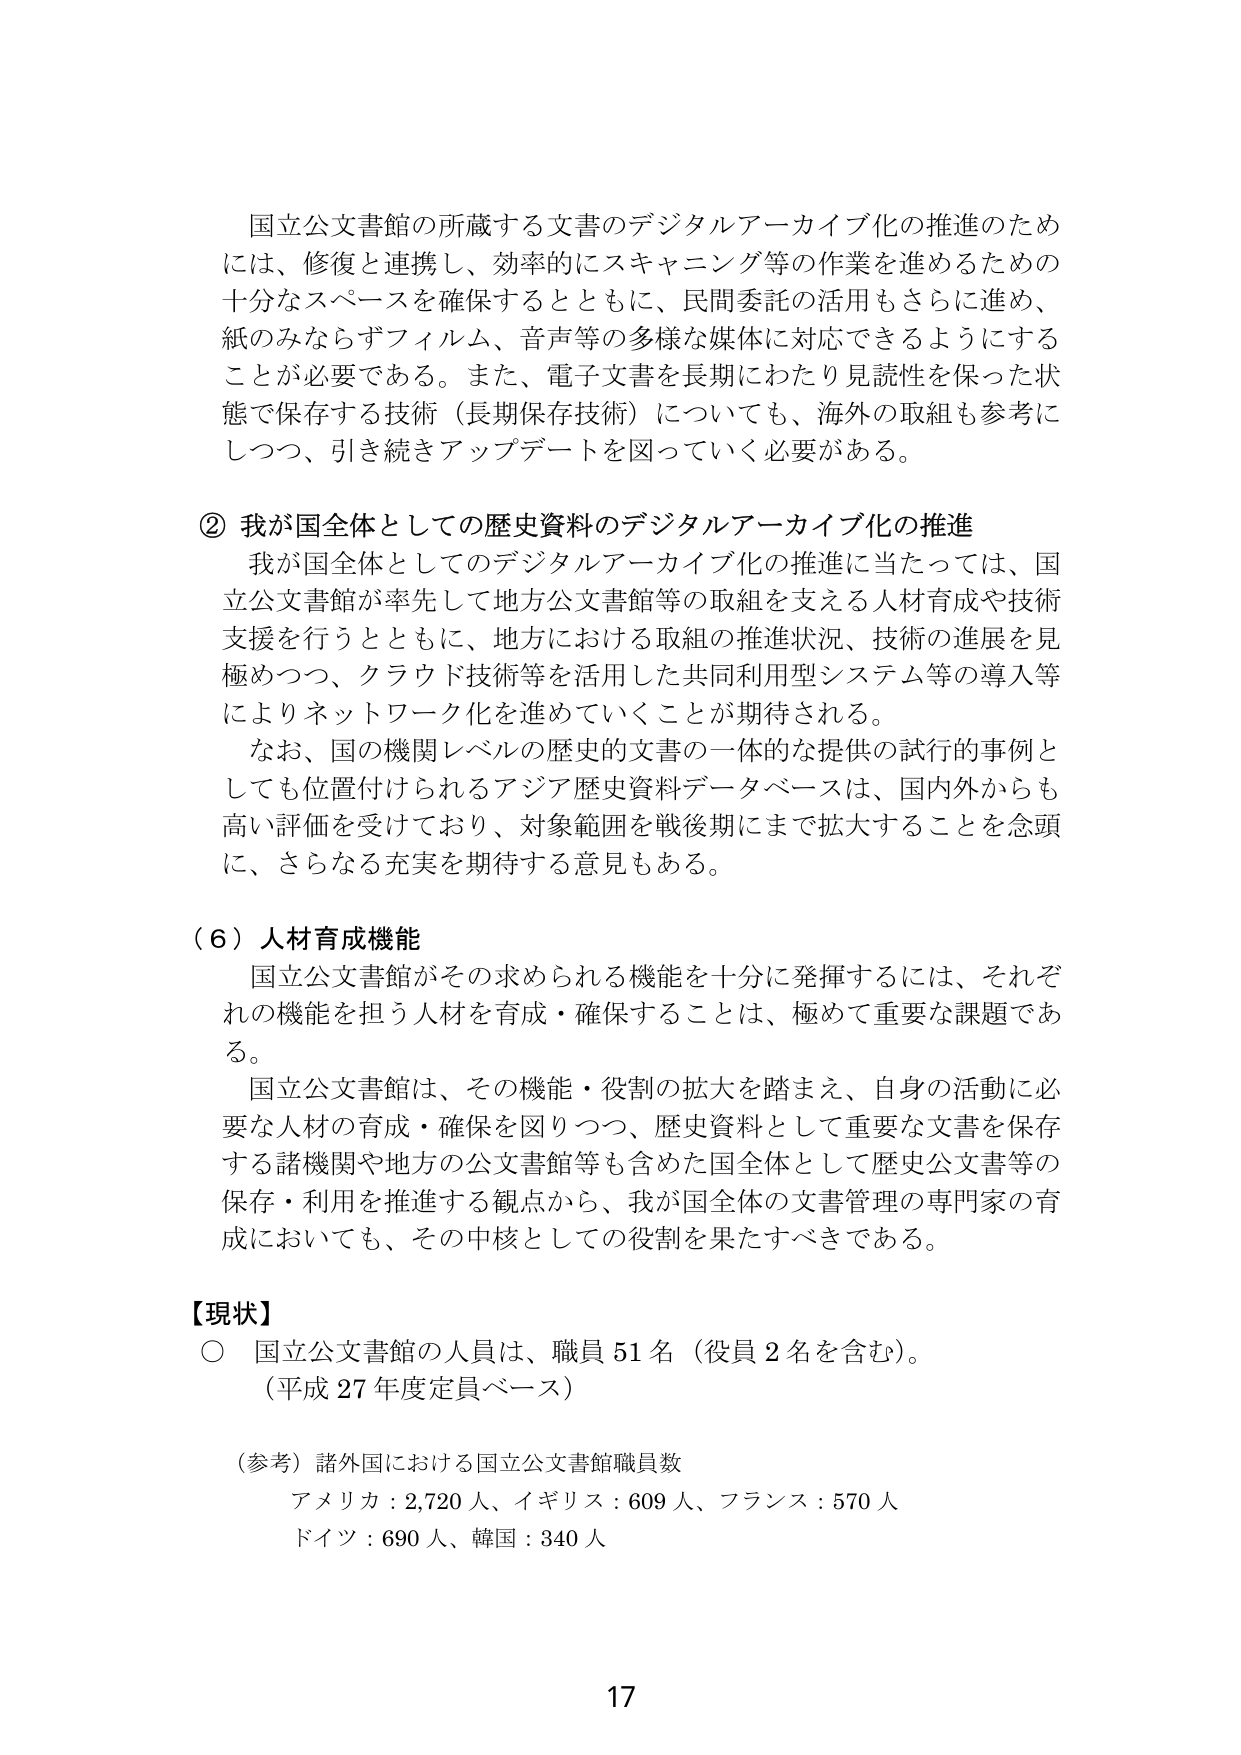
国立公文書館の所蔵する文書のデジタルアーカイブ化の推進のためには、修復と連携し、効率的にスキャニング等の作業を進めるための十分なスペースを確保するとともに、民間委託の活用もさらに進め、紙のみならずフィルム、音声等の多様な媒体に対応できるようにすることが必要である。また、電子文書を長期にわたり見読性を保った状態で保存する技術（長期保存技術）についても、海外の取組も参考にしつつ、引き続きアップデートを図っていく必要がある。

② 我が国全体としての歴史資料のデジタルアーカイブ化の推進
我が国全体としてのデジタルアーカイブ化の推進に当たっては、国立公文書館が率先して地方公文書館等の取組を支える人材育成や技術支援を行うとともに、地方における取組の推進状況、技術の進展を見極めつつ、クラウド技術等を活用した共同利用型システム等の導入等によりネットワーク化を進めていくことが期待される。
なお、国の機関レベルの歴史的文書の一体的提供の試行的事例としても位置付けられるアジア歴史資料データベースは、国内外からも高い評価を受けており、対象範囲を戦後期にまで拡大することを念頭に、さらなる充実を期待する意見もある。

（６）人材育成機能
国立公文書館がその求められる機能を十分に発揮するには、それぞれの機能を担う人材を育成・確保することは、極めて重要な課題である。
国立公文書館は、その機能・役割の拡大を踏まえ、自身の活動に必要な人材の育成・確保を図りつつ、歴史資料として重要な文書を保存する諸機関や地方の公文書館等も含めた国全体として歴史公文書等の保存・利用を推進する観点から、我が国全体の文書管理の専門家の育成においても、その中核としての役割を果たすべきである。

【現状】
○ 国立公文書館の人員は、職員51名（役員2名を含む）。
（平成27年度定員ベース）

（参考）諸外国における国立公文書館職員数
アメリカ：2,720人、イギリス：609人、フランス：570人
ドイツ：690人、韓国：340人

17